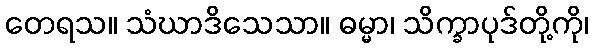
တေရသ။ သံဃာဒိသေသာ။ ဓမ္မာ၊ သိက္ခာပုဒ်တို့ကို၊